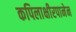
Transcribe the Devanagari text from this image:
कपिलाक्षीरपानेन